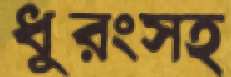
ধুরংসহ